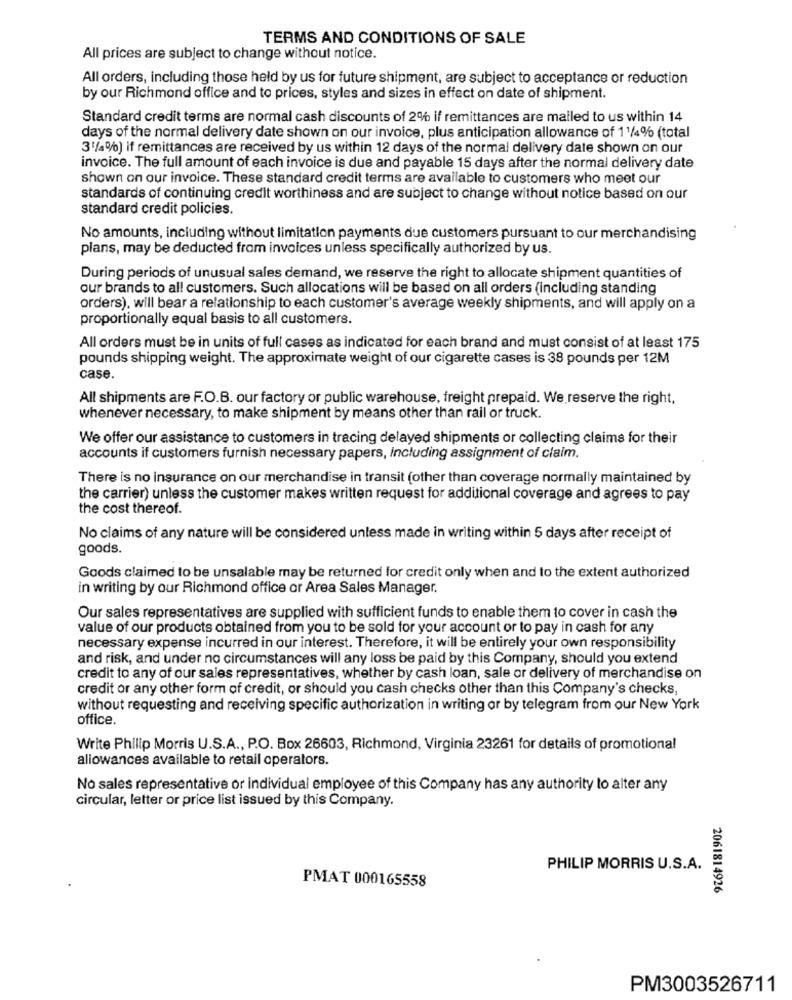
TERMS AND CONDITIONS OF SALE
All prices are subject to change without notice.
All orders, including those held by us for future shipment, are subject to acceptance or reduction
by our Richmond office and to prices, styles and sizes in effect on date of shipment.
Standard credit terms are normal cash discounts of 2% if remittances are mailed to us within 14
days of the normal delivery date shown on our invoice, plus anticipation allowance of 11/4% (total
3'/4%) if remittances are received by us within 12 days of the normal delivery date shown on our
invoice. The full amount of each invoice is due and payable 15 days after the normal delivery date
shown on our invoice. These standard credit terms are available to customers who meet our
standards of continuing credit worthiness and are subject to change without notice based on our
standard credit policies.
No amounts, including without limitation payments due customers pursuant to our merchandising
plans, may be deducted from invoices unless specifically authorized by us.
During periods of unusual sales demand, we reserve the right to allocate shipment quantities of
our brands to all customers. Such allocations will be based on all orders (including standing
orders), will bear a relationship to each customer's average weekly shipments, and will apply on a
proportionally equal basis to all customers.
All orders must be in units of full cases as indicated for each brand and must consist of at least 175
pounds shipping weight. The approximate weight of our cigarette cases is 38 pounds per 12M
case.
All shipments are F.O.B. our factory or public warehouse, freight prepaid. We reserve the right,
whenever necessary, to make shipment by means other than rail or truck.
We offer our assistance to customers in tracing delayed shipments or collecting claims for their
accounts if customers furnish necessary papers, Including assignment of claim.
There is no insurance on our merchandise in transit (other than coverage normally maintained by
the carrier) unless the customer makes written request for additional coverage and agrees to pay
the cost thereof.
No claims of any nature will be considered unless made in writing within 5 days after receipt of
goods.
Goods claimed to be unsalable may be returned for credit only when and to the extent authorized
in writing by our Richmond office or Area Sales Manager.
Our sales representatives are supplied with sufficient funds to enable them to cover in cash the
value of our products obtained from you to be sold for your account or to pay in cash for any
necessary expense incurred in our interest. Therefore, it will be entirely your own responsibility
and risk, and under no circumstances will any loss be paid by this Company, should you extend
credit to any of our sales representatives, whether by cash loan, sale or delivery of merchandise on
credit or any other form of credit, or should you cash checks other than this Company's checks,
without requesting and receiving specific authorization in writing or by telegram from our New York
office
Write Philip Morris U.S.A ., P.O. Box 26603, Richmond, Virginia 23261 for details of promotional
allowances available to retail operators.
No sales representative or individual employee of this Company has any authority to alter any
circular, letter or price list issued by this Company.
PHILIP MORRIS U.S.A.
PMAT 000165558
2061814926
PM3003526711